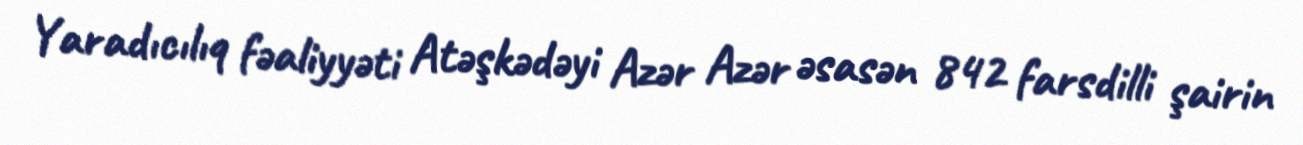
Yaradıcılıq fəaliyyəti Atəşkədəyi Azər Azər əsasən 842 farsdilli şairin